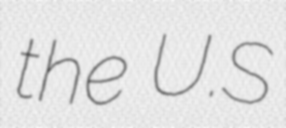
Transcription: the U.S